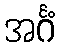
အင်္ဂံ